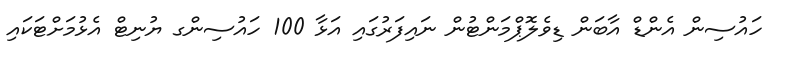
ހައުސިން އެންޑް އާބަން ޑިވެލޮޕްމަންޓުން ނައިފަރުގައި އަޅާ 100 ހައުސިންގ ޔުނިޓް އެޅުމަށްޓަކައި